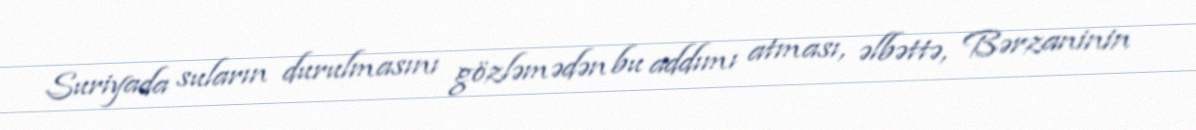
Suriyada suların durulmasını gözləmədən bu addımı atması, əlbəttə, Bərzaninin